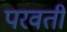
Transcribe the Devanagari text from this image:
परवतीं